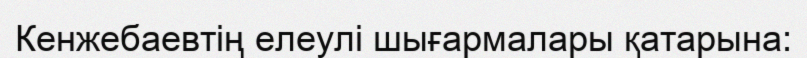
Кенжебаевтің елеулі шығармалары қатарына: